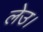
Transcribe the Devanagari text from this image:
लेउ।